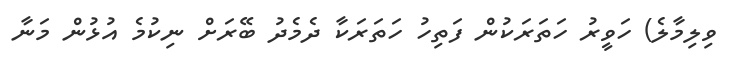
ވިލިމާލެ) ހަވީރު ހަތަރަކުން ފަތިހު ހަތަރަކާ ދެމެދު ބޭރަށް ނިކުމެ އުޅުން މަނާ